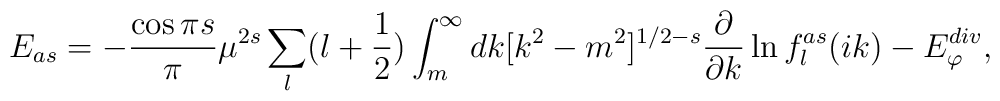
E_{as}=-{\cos{\pi s}\over \pi} \mu^{2 s}\sum_{l}(l+\frac12)\int^\infty_m dk [k^2 -m^2]^{1/2 -s} \frac{\partial}{\partial k}  \ln f^{as}_l(ik)-E^{div}_{\varphi} ,